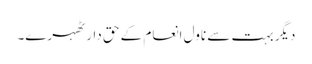
دیگر بہت سے ناول انعام کے حق دار ٹھہرے۔